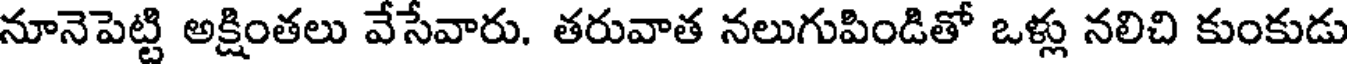
నూనెపెట్టి అక్షింతలు వేసేవారు. తరువాత నలుగుపిండితో ఒళ్లు నలిచి కుంకుడు